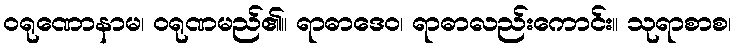
ဝရုဏောနာမ၊ ဝရုဏမည်၏။ ရာဓာဒေဝ၊ ရာဓာလည်းကောင်း။ သုရာစာစ၊